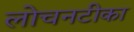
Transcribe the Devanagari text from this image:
लोचनटीका